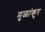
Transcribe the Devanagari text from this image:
मुळांकुर